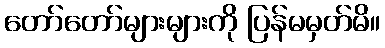
တော်တော်များများကို ပြန်မမှတ်မိ။